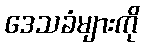
ဒေသခံများကို